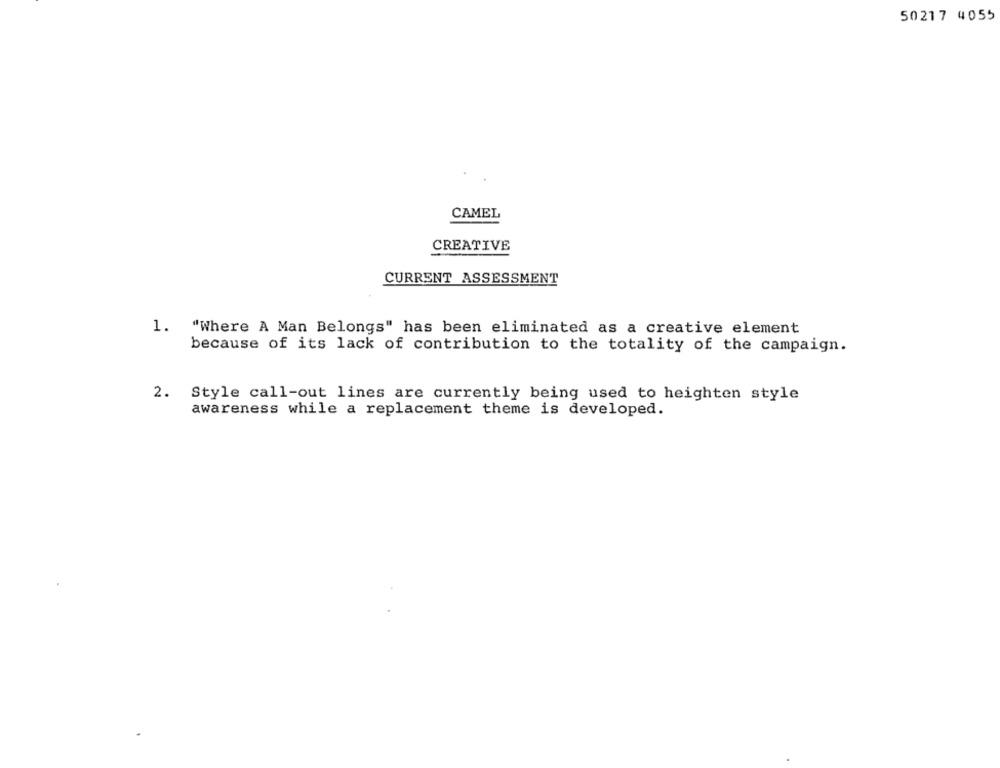
50217 4055
CAMEL
CREATIVE
CURRENT ASSESSMENT
1. "Where A Man Belongs" has been eliminated as a creative element
because of its lack of contribution to the totality of the campaign.
2.
Style call-out lines are currently being used to heighten style
awareness while a replacement theme is developed.